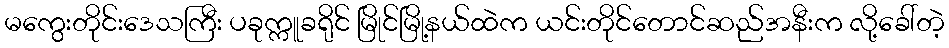
မကွေးတိုင်းဒေသကြီး ပခုက္ကူခရိုင် မြိုင်မြို့နယ်ထဲက ယင်းတိုင်တောင်ဆည်အနီးက လို့ခေါ်တဲ့